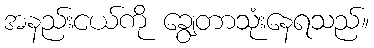
အနည်းငယ်ကို ချွေတာသုံးနေရသည်။